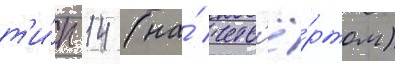
т'и́п 14 (на́ четв'ё́ртом)